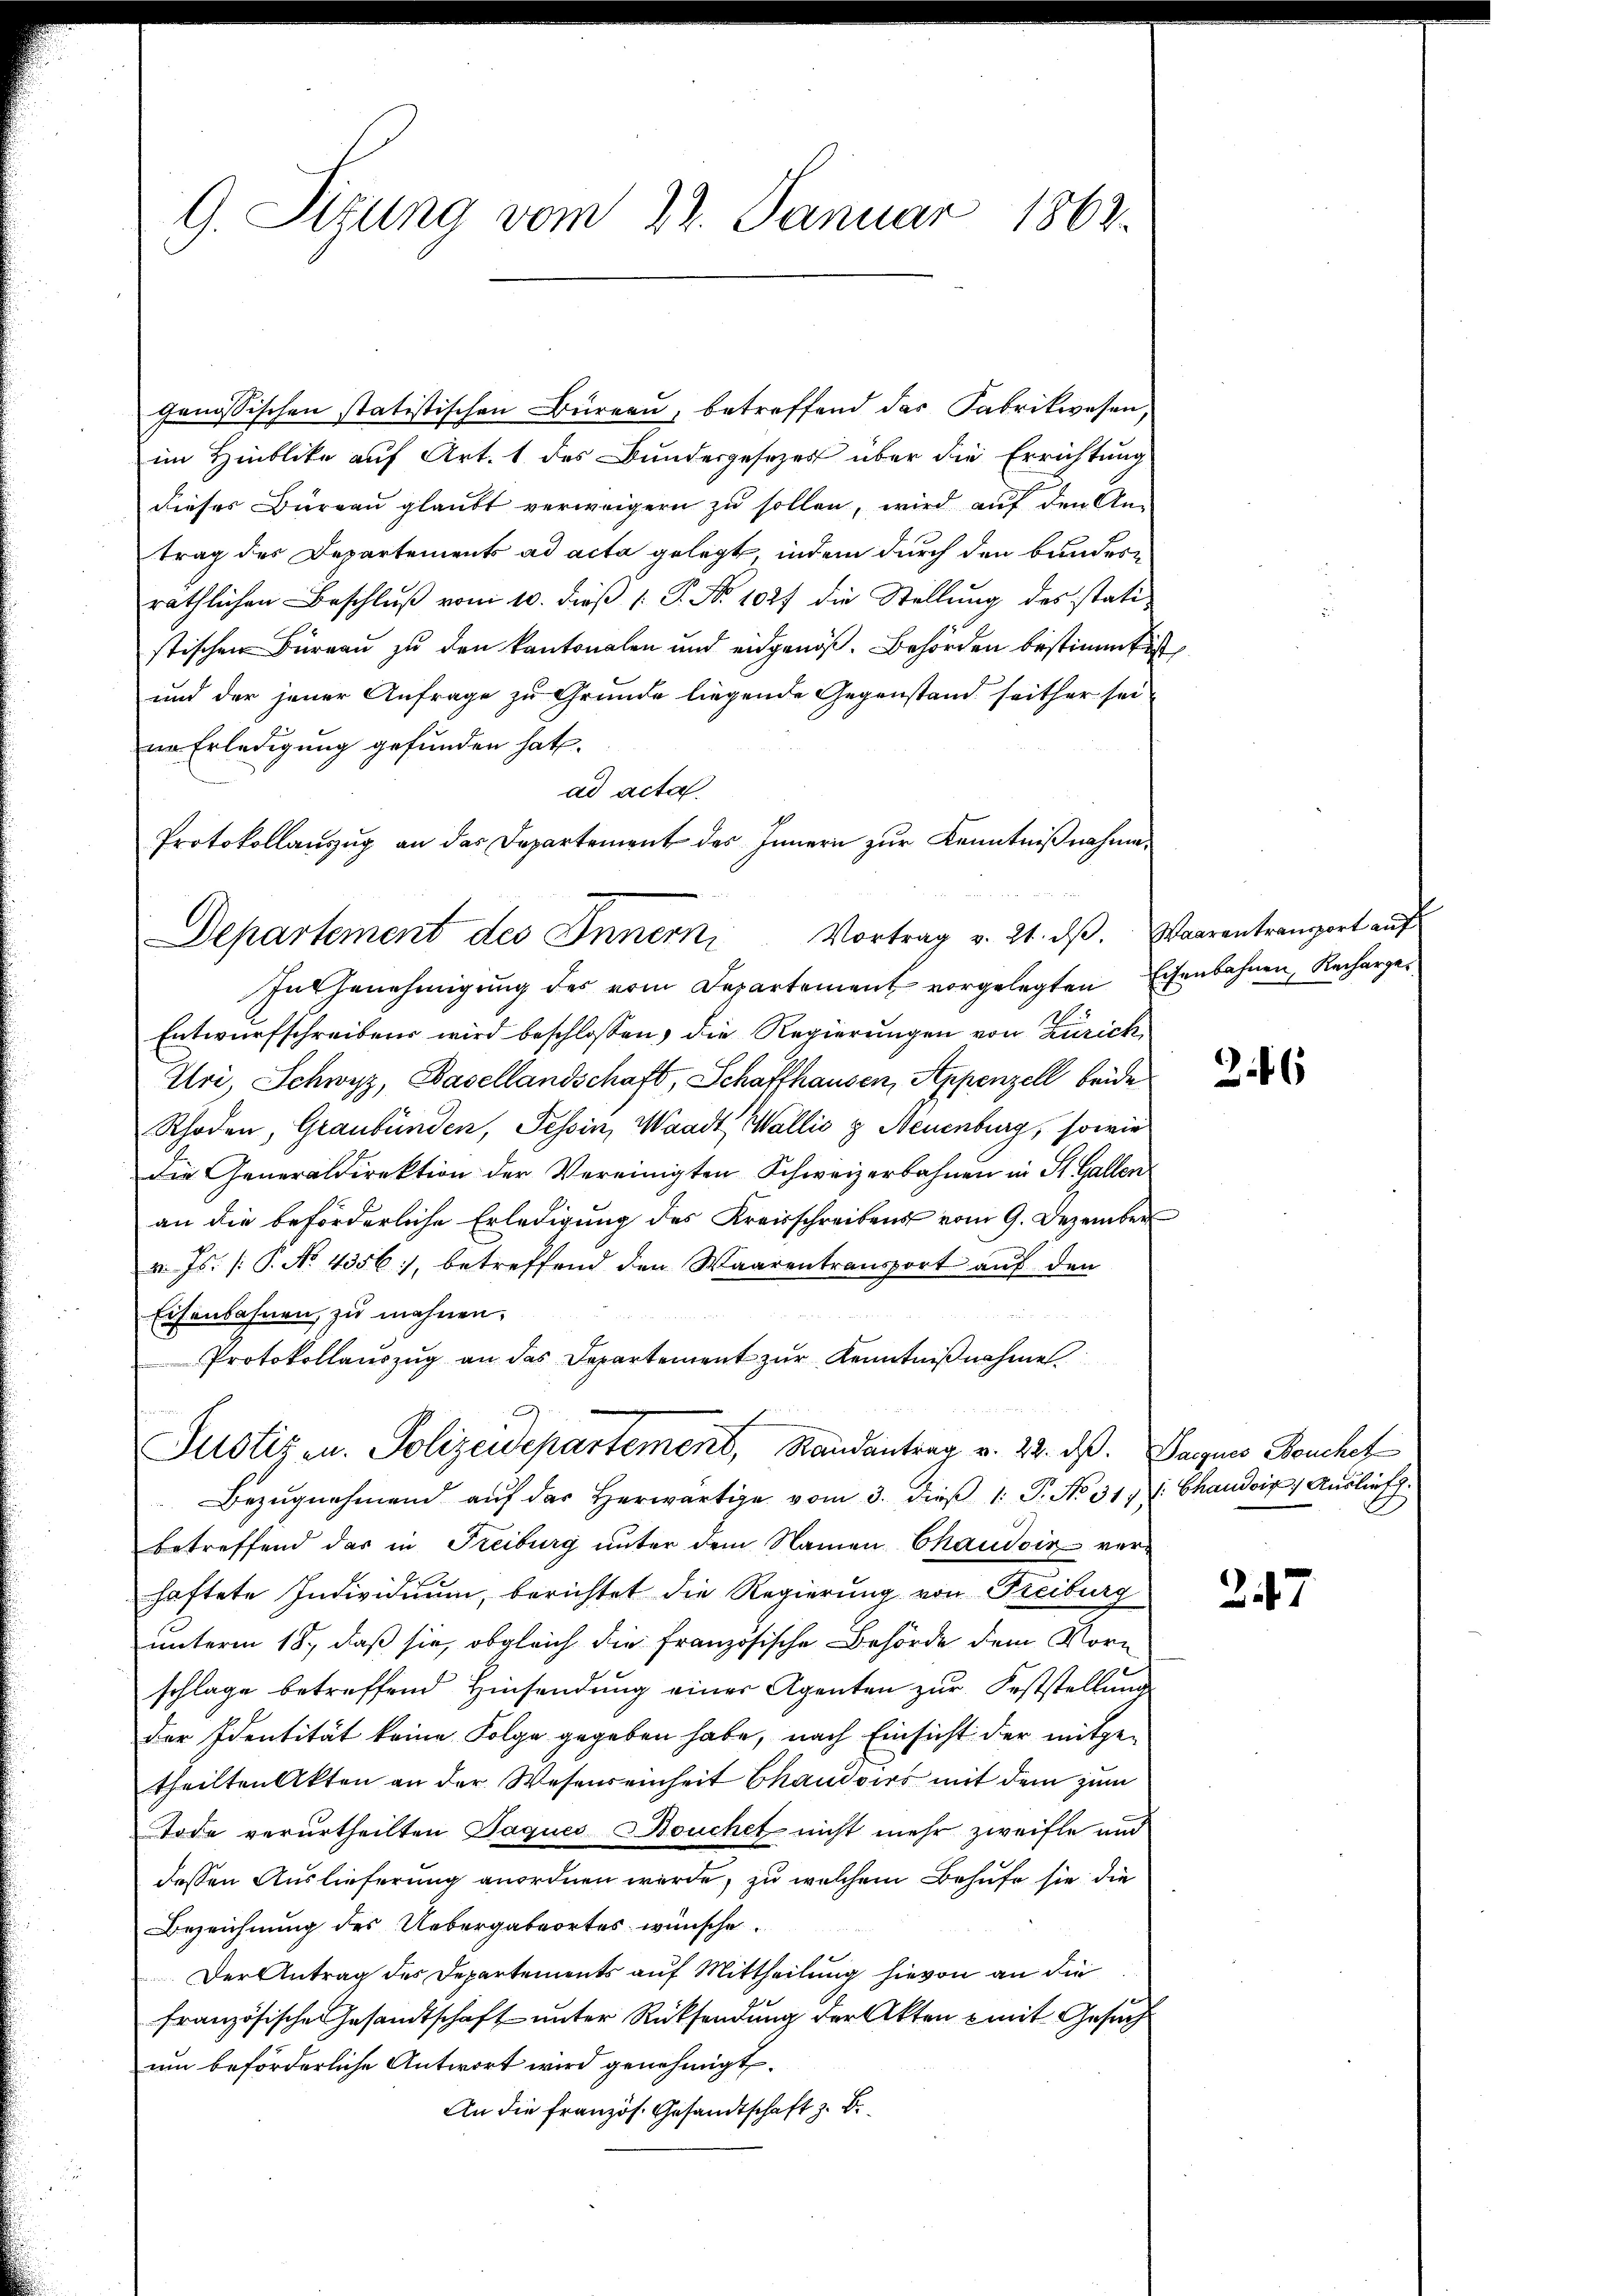
G. Sitzung vom 22. Januar 1863.

genössischen statistischen Büreau, betreffend das Fabrikwesen,
im Hinblicke auf Art. 1 des Bundesgesezes über die Errichtung
dieses Bureau glaubt verweigern zu sollen, wird auf den Antrag des Departements ad acta gelegt, indem durch den bunderräthlichen Beschluß vom 10. dieß [ P. Nr. 1027 die Stellung des statistischen Büreau zu den kantonalen und eidgenöß. Behörden bestimmt ist,
und der jener Anfrage zu Grunde liegende Gegenstand seither sei
nn Erledigung gefunden hat.
ad acta
Protokollauszug an das Departement des Innern zur Kenntnißnahme

In Genehmigung des vom Departement vorgelegten Eisenbahnen, Recharge¬
Entwurfschreibens wird beschlossen, die Regierungen von Zürich,
Uri, Schwyz, Basellandschaft, Schaffhausen, Appenzell beide
Rhoden, Graubünden, Tessin, Waadt, Wallis z Neuenburg, sowie
die Generaldirektion der Vereinigten Schweizerbahnen in St. Gallen
an die beförderliche Erledigung des Kreisschreibens vom 9. Dezember
v. Js. (T. No. 4356), betreffend den Waarentransport auf den
Eisenbahnen, zu mahnen.
Protokollauszug an das Departement zur Kenntnißnahme.
Bezŭgnehmend aŭf der herwärtige vom 3. dieβ 1: P. No 31. 1. Chaudois, Auslief
betreffend das in Freiburg unter dem Namen Chaudoir ver-
haftete Individuum, berichtet die Regierung von Freiburg
unterm 18., daß sie, obgleich die französische Behörde dem Vorschlage betreffend Hinsendung einer Agenten zur Feststellung
der Identität keine Folge gegeben habe, nach Einsicht der mitgetheilten Akten an der Wesenseinheit Chaudoirs mit dem zum
Tode verurtheilten Jaques Bouchet nicht mehr zweifle und
dessen Auslieferung anordnen wurde, zu welchem Behufe sie die
Bezeichnung des Uebergabeortes wünsche
Der Antrag des Departements auf Mittheilung hievon an die
französische Gesandtschaft unter Rücksendung der Akten mit Gesuch
um beförderliche Antwort wird genehmigt.
An die französ. Gesandtschaft z. B.

Departement des Innern Vortrag v. 21. dβ. Vaarentransport auf

Justiz u. Polizeidepartement, Randantrag v. 22. dß. Sargnes Bouchet

246

347